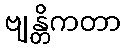
ဗျန္တိကတာ